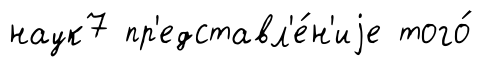
наук7 пр'едставл'е́н'иjе того́